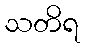
သတိရ